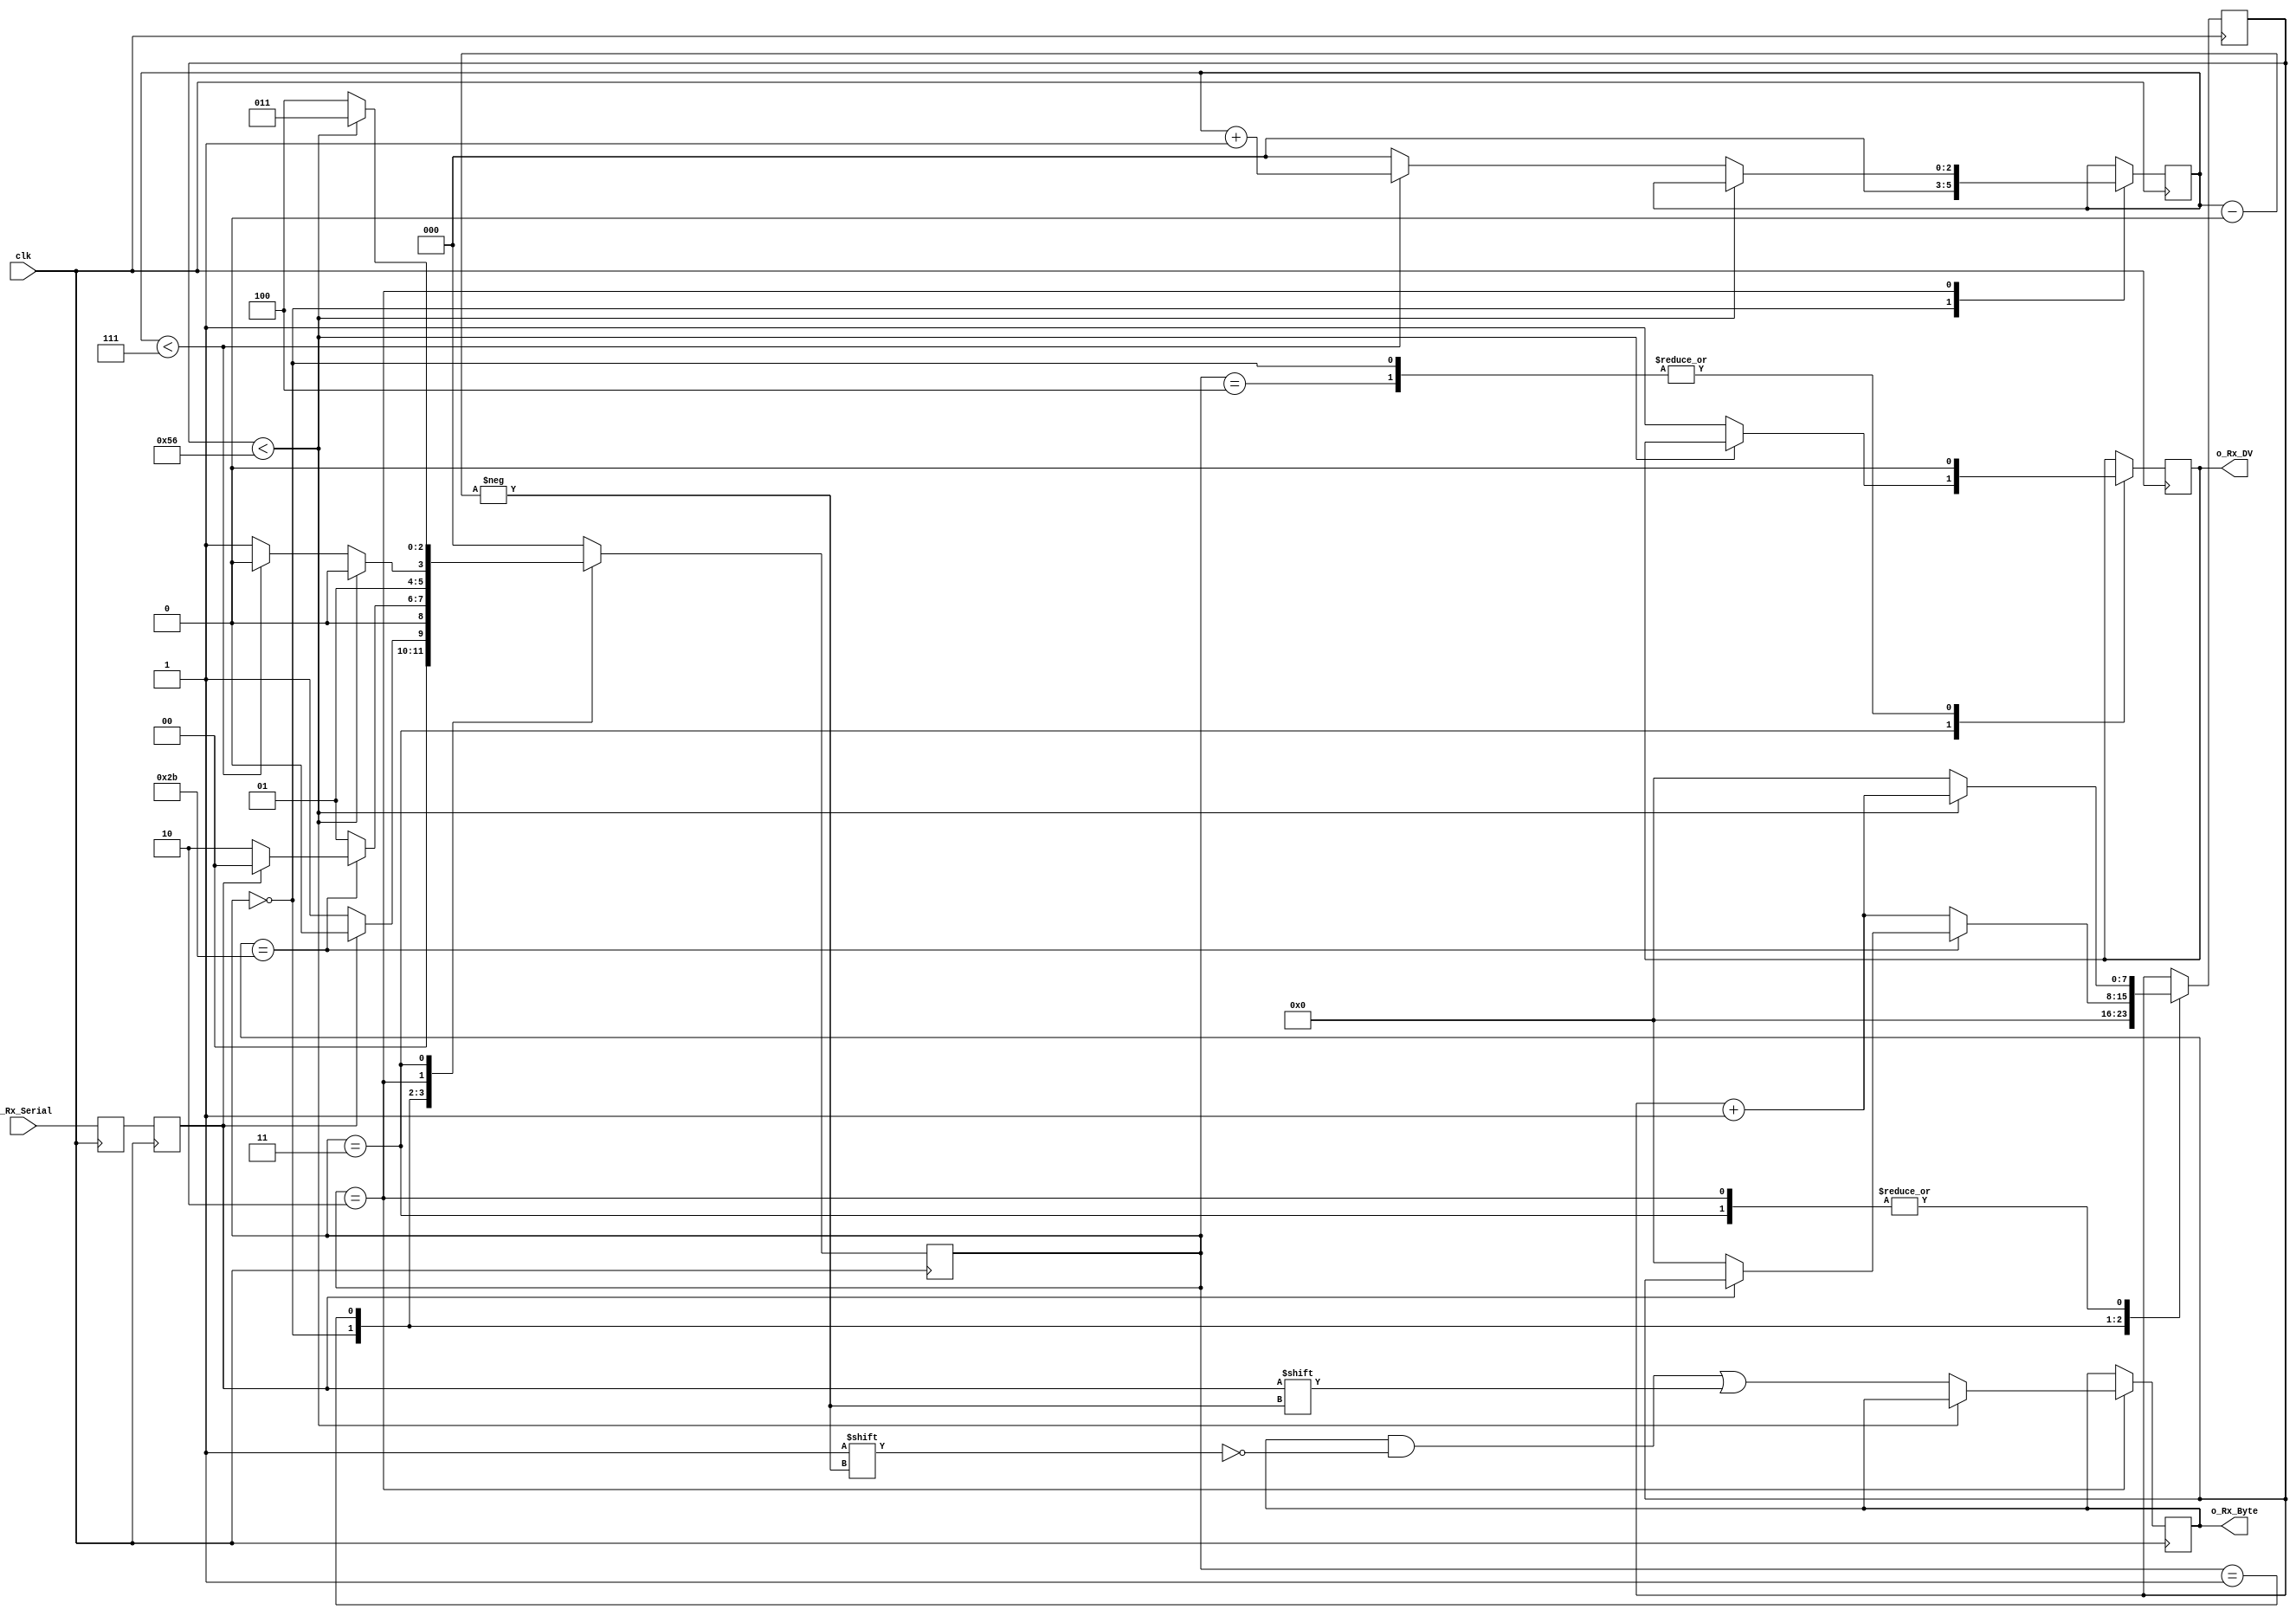
//Receiver
  
module uart_rx
  //#(parameter CLKS_PER_BIT)
  (
   input        clk,
   input        i_Rx_Serial,
   output       o_Rx_DV,
   output [7:0] o_Rx_Byte
   );
  
  parameter c_CLKS_PER_BIT    = 87;  
  parameter s_IDLE         = 3'b000;
  parameter s_RX_START_BIT = 3'b001;
  parameter s_RX_DATA_BITS = 3'b010;
  parameter s_RX_STOP_BIT  = 3'b011;
  parameter s_CLEANUP      = 3'b100;
   
  reg           r_Rx_Data_R = 1'b1;
  reg           r_Rx_Data   = 1'b1;
   
  reg [7:0]     r_Clock_Count = 0;
  reg [2:0]     r_Bit_Index   = 0; //8 bits total
  reg [7:0]     r_Rx_Byte     = 0;
  reg           r_Rx_DV       = 0;
  reg [2:0]     r_SM_Main     = 0;
   
  // Purpose: Double-register the incoming data.
  // This allows it to be used in the UART RX Clock Domain.
  // (It removes problems caused by metastability)
  //assign clk = in_Clock;
  
  always @(posedge clk)
    begin
      r_Rx_Data_R <= i_Rx_Serial;
      r_Rx_Data   <= r_Rx_Data_R;
    end
   
   
  // Purpose: Control RX state machine
  always @(posedge clk)
    begin
       
      case (r_SM_Main)
        s_IDLE :
          begin
            r_Rx_DV       <= 1'b0;
            r_Clock_Count <= 0;
            r_Bit_Index   <= 0;
             
            if (r_Rx_Data == 1'b0)          // Start bit detected
              r_SM_Main <= s_RX_START_BIT;
            else
              r_SM_Main <= s_IDLE;
          end
         
        // Check middle of start bit to make sure it's still low
        s_RX_START_BIT :
          begin
            if (r_Clock_Count == (87-1)/2)
              begin
                if (r_Rx_Data == 1'b0)
                  begin
                    r_Clock_Count <= 0;  // reset counter, found the middle
                    r_SM_Main     <= s_RX_DATA_BITS;
                  end
                else
                  r_SM_Main <= s_IDLE;
              end
            else
              begin
                r_Clock_Count <= r_Clock_Count + 1;
                r_SM_Main     <= s_RX_START_BIT;
              end
          end // case: s_RX_START_BIT
         
         
        // Wait CLKS_PER_BIT-1 clock cycles to sample serial data
        s_RX_DATA_BITS :
          begin
            if (r_Clock_Count < 87-1)
              begin
                r_Clock_Count <= r_Clock_Count + 1;
                r_SM_Main     <= s_RX_DATA_BITS;
              end
            else
              begin
                r_Clock_Count          <= 0;
                r_Rx_Byte[r_Bit_Index] <= r_Rx_Data;
                 
                // Check if we have received all bits
                if (r_Bit_Index < 7)
                  begin
                    r_Bit_Index <= r_Bit_Index + 1;
                    r_SM_Main   <= s_RX_DATA_BITS;
                  end
                else
                  begin
                    r_Bit_Index <= 0;
                    r_SM_Main   <= s_RX_STOP_BIT;
                  end
              end
          end // case: s_RX_DATA_BITS
     
     
        // Receive Stop bit.  Stop bit = 1
        s_RX_STOP_BIT :
          begin
            // Wait CLKS_PER_BIT-1 clock cycles for Stop bit to finish
            if (r_Clock_Count < 87-1)
              begin
                r_Clock_Count <= r_Clock_Count + 1;
                r_SM_Main     <= s_RX_STOP_BIT;
              end
            else
              begin
                r_Rx_DV       <= 1'b1;
                r_Clock_Count <= 0;
                r_SM_Main     <= s_CLEANUP;
              end
          end // case: s_RX_STOP_BIT
     
         
        // Stay here 1 clock
        s_CLEANUP :
          begin
            r_SM_Main <= s_IDLE;
            r_Rx_DV   <= 1'b0;
          end
         
         
        default :
          r_SM_Main <= s_IDLE;
         
      endcase
    end   
   
  assign o_Rx_DV   = r_Rx_DV;
  assign o_Rx_Byte = r_Rx_Byte;
   
endmodule // uart_rx

//Transmitter

//
//module uart_tx
//  (
//   input       i_Clock,
//   input       i_Tx_DV,
//   input [7:0] i_Tx_Byte, 
//   output      o_Tx_Active,
//   output reg  o_Tx_Serial,
//   output      o_Tx_Done
//   );
//  
//  parameter s_IDLE         = 3'b000;
//  parameter s_TX_START_BIT = 3'b001;
//  parameter s_TX_DATA_BITS = 3'b010;
//  parameter s_TX_STOP_BIT  = 3'b011;
//  parameter s_CLEANUP      = 3'b100;
//   
//  reg [2:0]    r_SM_Main     = 0;
//  reg [7:0]    r_Clock_Count = 0;
//  reg [2:0]    r_Bit_Index   = 0;
//  reg [7:0]    r_Tx_Data     = 0;
//  reg          r_Tx_Done     = 0;
//  reg          r_Tx_Active   = 0;
//     
//  always @(posedge i_Clock)
//    begin
//       
//      case (r_SM_Main)
//        s_IDLE :
//          begin
//            o_Tx_Serial   <= 1'b1;         // Drive Line High for Idle
//            r_Tx_Done     <= 1'b0;
//            r_Clock_Count <= 0;
//            r_Bit_Index   <= 0;
//             
//            if (i_Tx_DV == 1'b1)
//              begin
//                r_Tx_Active <= 1'b1;
//                r_Tx_Data   <= i_Tx_Byte;
//                r_SM_Main   <= s_TX_START_BIT;
//              end
//            else
//              r_SM_Main <= s_IDLE;
//          end // case: s_IDLE
//         
//         
//        // Send out Start Bit. Start bit = 0
//        s_TX_START_BIT :
//          begin
//            o_Tx_Serial <= 1'b0;
//             
//            // Wait CLKS_PER_BIT-1 clock cycles for start bit to finish
//            if (r_Clock_Count < 87-1)
//              begin
//                r_Clock_Count <= r_Clock_Count + 1;
//                r_SM_Main     <= s_TX_START_BIT;
//              end
//            else
//              begin
//                r_Clock_Count <= 0;
//                r_SM_Main     <= s_TX_DATA_BITS;
//              end
//          end // case: s_TX_START_BIT
//         
//         
//        // Wait CLKS_PER_BIT-1 clock cycles for data bits to finish         
//        s_TX_DATA_BITS :
//          begin
//            o_Tx_Serial <= r_Tx_Data[r_Bit_Index];
//             
//            if (r_Clock_Count < 87-1)
//              begin
//                r_Clock_Count <= r_Clock_Count + 1;
//                r_SM_Main     <= s_TX_DATA_BITS;
//              end
//            else
//              begin
//                r_Clock_Count <= 0;
//                 
//                // Check if we have sent out all bits
//                if (r_Bit_Index < 7)
//                  begin
//                    r_Bit_Index <= r_Bit_Index + 1;
//                    r_SM_Main   <= s_TX_DATA_BITS;
//                  end
//                else
//                  begin
//                    r_Bit_Index <= 0;
//                    r_SM_Main   <= s_TX_STOP_BIT;
//                  end
//              end
//          end // case: s_TX_DATA_BITS
//         
//         
//        // Send out Stop bit.  Stop bit = 1
//        s_TX_STOP_BIT :
//          begin
//            o_Tx_Serial <= 1'b1;
//             
//            // Wait CLKS_PER_BIT-1 clock cycles for Stop bit to finish
//            if (r_Clock_Count < 87-1)
//              begin
//                r_Clock_Count <= r_Clock_Count + 1;
//                r_SM_Main     <= s_TX_STOP_BIT;
//              end
//            else
//              begin
//                r_Tx_Done     <= 1'b1;
//                r_Clock_Count <= 0;
//                r_SM_Main     <= s_CLEANUP;
//                r_Tx_Active   <= 1'b0;
//              end
//          end // case: s_Tx_STOP_BIT
//         
//         
//        // Stay here 1 clock
//        s_CLEANUP :
//          begin
//            r_Tx_Done <= 1'b1;
//            r_SM_Main <= s_IDLE;
//          end
//         
//         
//        default :
//          r_SM_Main <= s_IDLE;
//         
//      endcase
//    end
// 
//  assign o_Tx_Active = r_Tx_Active;
//  assign o_Tx_Done   = r_Tx_Done;
//   
//endmodule